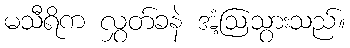
မသီရိက လွှတ်ခနဲ အံ့ဩသွားသည်။